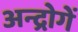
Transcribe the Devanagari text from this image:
अन्द्रोगें